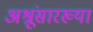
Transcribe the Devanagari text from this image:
अश्रूंसारख्या